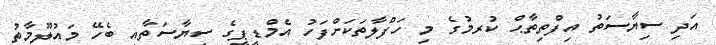
އަދި ސިޔާސަތު އިފްތިތާޙް ކުރމުގެ މި ހަފްލާތަަކަށްފަހު އެމްޑީޕީގެ ސިޔާސަތާއި ބެހޭ މައުލޫމާތު